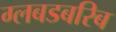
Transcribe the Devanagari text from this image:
ग्लबडबरिब